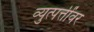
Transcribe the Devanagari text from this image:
व्युत्पत्तींवर